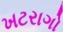
ખટરાગો